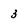
Character: 3